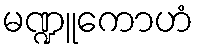
မဏ္ဍူကောဟံ